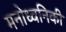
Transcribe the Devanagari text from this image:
मनोध्वनिकी